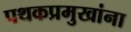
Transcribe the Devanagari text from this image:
पथकप्रमुखांना